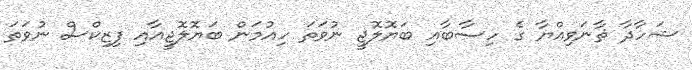
ޝަހާދާ ޘާނަވިއްޔާ ގެ ހިސާބާއި ބަޔޮލޮޖީ ނުވަތަ ހިއުމަން ބަޔޮލޮޖީއާއި ފިޒިކްސް ނުވަތަ